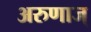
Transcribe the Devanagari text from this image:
अरुणाज्